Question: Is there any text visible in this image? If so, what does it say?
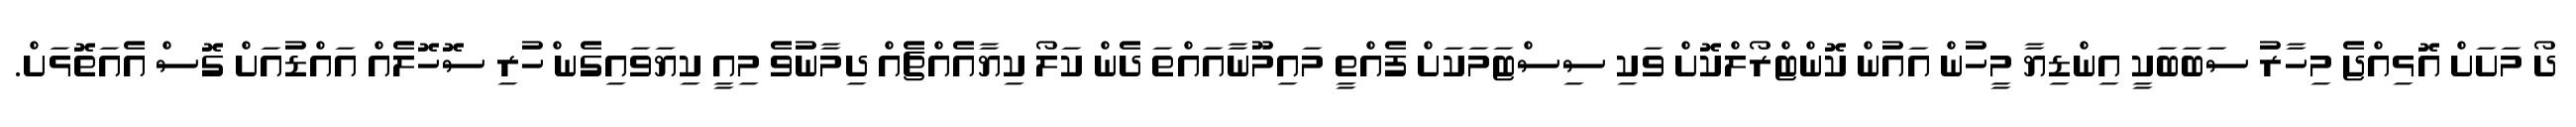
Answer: ދޯ މަށަށް އޮޅިއްޖެ މިހާރު ސަބަބަކީ އިންޑިޔާ މީހުން އައުން ކޮންޓްރޯލްކޮށް ވަކި ސިސްޓަމަކަށް ފެއްތީ މައިމޫނާއައްތަ ދެން ކަލޯ ކިޔާއެއްޗެއް ދިމާނުވެ މިއީ ކިޔަވައިގެނ ްހުރި ސޮހޮލެއް އައްޑުއަށް ގޮސް އެއަތޮޅަށް.